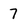
Character: 7